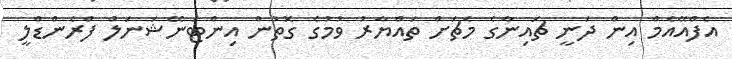
އެފްއޭއެމް އިން ދަނީ ޗައިނާގެ މެޗަށް ތައްޔާރު ވުމުގެ ގޮތުން އިންޓަނޭޝަނަލް ފްރެންޑްލީ